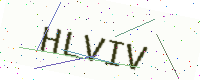
Text: HLVIV